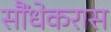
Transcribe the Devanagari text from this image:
सौंधेकरास